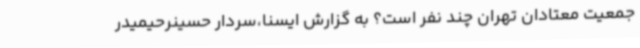
جمعیت معتادان تهران چند نفر است؟ به گزارش ایسنا،سردار حسینرحیمیدر